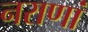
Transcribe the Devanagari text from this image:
नराणां